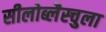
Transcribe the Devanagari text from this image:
सीलोब्लैस्चुला